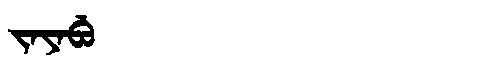
Manchu: ᠵᠠᠶᠠᠪᡠ
Romanization: JAYABU